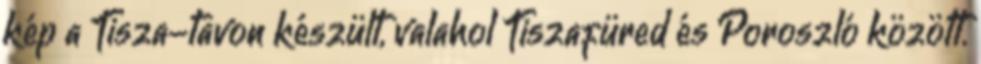
kép a Tisza-tavon készült, valahol Tiszafüred és Poroszló között.